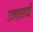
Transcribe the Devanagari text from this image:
उञ्चासवीं